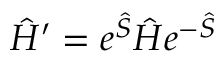
\hat { H } ^ { \prime } = e ^ { \hat { S } } \hat { H } e ^ { - \hat { S } }